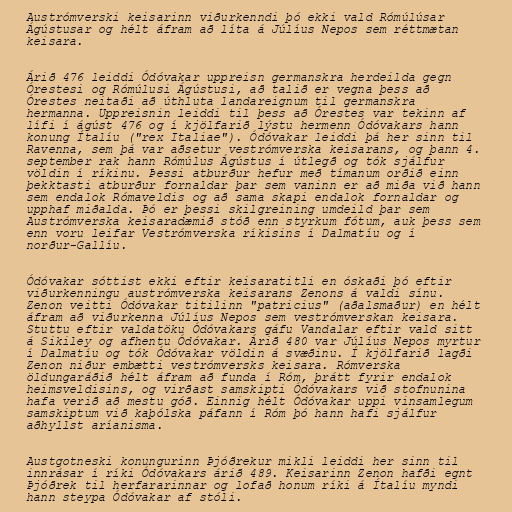
Austrómverski keisarinn viðurkenndi þó ekki vald Rómúlúsar
Ágústusar og hélt áfram að líta á Júlíus Nepos sem réttmætan
keisara.

Árið 476 leiddi Ódóvakar uppreisn germanskra herdeilda gegn
Órestesi og Rómúlusi Ágústusi, að talið er vegna þess að
Órestes neitaði að úthluta landareignum til germanskra
hermanna. Uppreisnin leiddi til þess að Órestes var tekinn af
lífi í ágúst 476 og í kjölfarið lýstu hermenn Ódóvakars hann
konung Ítalíu ("rex Italiae"). Ódóvakar leiddi þá her sinn til
Ravenna, sem þá var aðsetur vestrómverska keisarans, og þann 4.
september rak hann Rómúlus Ágústus í útlegð og tók sjálfur
völdin í ríkinu. Þessi atburður hefur með tímanum orðið einn
þekktasti atburður fornaldar þar sem vaninn er að miða við hann
sem endalok Rómaveldis og að sama skapi endalok fornaldar og
upphaf miðalda. Þó er þessi skilgreining umdeild þar sem
Austrómverska keisaradæmið stóð enn styrkum fótum, auk þess sem
enn voru leifar Vestrómverska ríkisins í Dalmatíu og í
norður-Gallíu.

Ódóvakar sóttist ekki eftir keisaratitli en óskaði þó eftir
viðurkenningu austrómverska keisarans Zenons á valdi sínu.
Zenon veitti Ódóvakar titilinn "patricius" (aðalsmaður) en hélt
áfram að viðurkenna Júlíus Nepos sem vestrómverskan keisara.
Stuttu eftir valdatöku Ódóvakars gáfu Vandalar eftir vald sitt
á Sikiley og afhentu Ódóvakar. Árið 480 var Júlíus Nepos myrtur
í Dalmatíu og tók Ódóvakar völdin á svæðinu. Í kjölfarið lagði
Zenon niður embætti vestrómversks keisara. Rómverska
öldungaráðið hélt áfram að funda í Róm, þrátt fyrir endalok
heimsveldisins, og virðast samskipti Ódóvakars við stofnunina
hafa verið að mestu góð. Einnig hélt Ódóvakar uppi vinsamlegum
samskiptum við kaþólska páfann í Róm þó hann hafi sjálfur
aðhyllst aríanisma.

Austgotneski konungurinn Þjóðrekur mikli leiddi her sinn til
innrásar í ríki Ódóvakars árið 489. Keisarinn Zenon hafði egnt
Þjóðrek til herfararinnar og lofað honum ríki á Ítalíu myndi
hann steypa Ódóvakar af stóli.